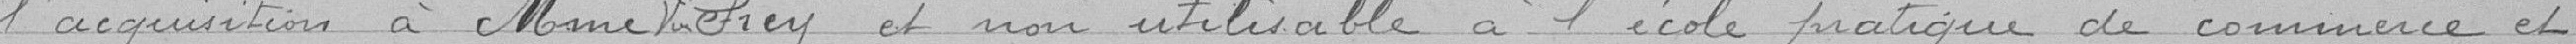
l'acquisition à Madame Frey et non utilisable à l'école pratique de commerce et